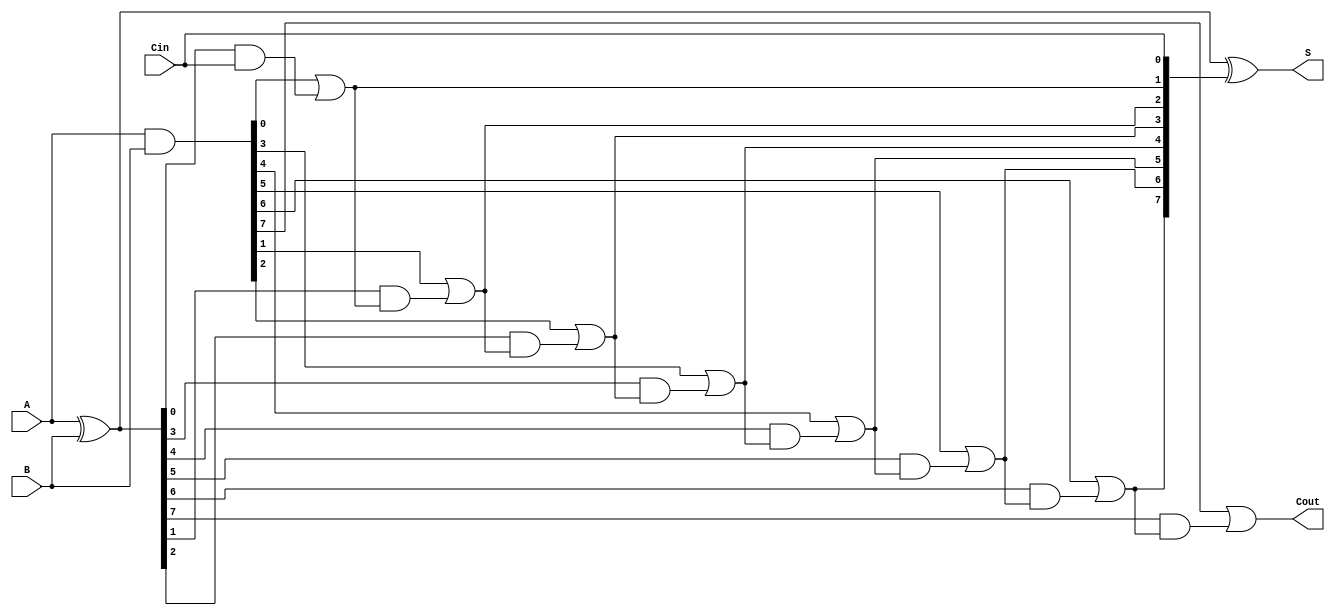
module brent_kung_adder #(
    parameter N = 8  // Parameter for bit width
)(
    input  [N-1:0] A,    // First n-bit input
    input  [N-1:0] B,    // Second n-bit input
    input         Cin,    // Carry-in
    output [N-1:0] S,     // n-bit sum output
    output        Cout     // Carry-out
);

    wire [N-1:0] G;  // Generate signals
    wire [N-1:0] P;  // Propagate signals
    wire [N:0] C;    // Carry signals

    // Generate and Propagate signals
    assign G = A & B;      // Generate
    assign P = A ^ B;      // Propagate

    // Carry signals calculation
    assign C[0] = Cin; // Initial carry-in

    genvar i;
    generate
        // Carry generation using Brent-Kung method
        for (i = 0; i < N; i = i + 1) begin : carry_gen
            if (i == 0) begin
                assign C[i + 1] = G[i] | (P[i] & C[i]);
            end else begin
                assign C[i + 1] = G[i] | (P[i] & C[i]);
            end
        end
    endgenerate

    // Sum calculation
    assign S = P ^ C[N-1:0]; // Sum = A ^ B ^ Carry

    // Final carry-out
    assign Cout = C[N]; // Final carry-out

endmodule